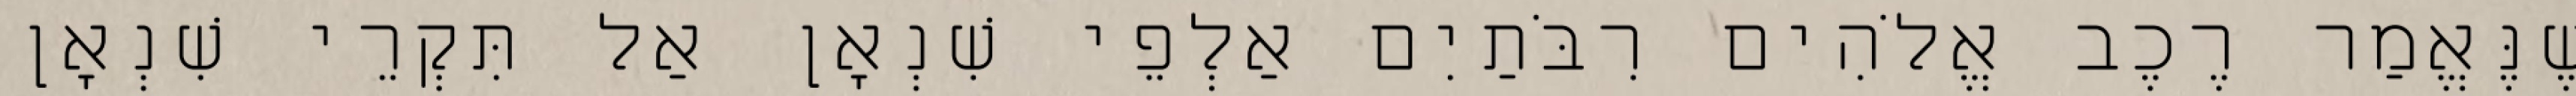
שֶׁנֶּאֱמַר רֶכֶב אֱלֹהִים רִבֹּתַיִם אַלְפֵי שִׁנְאָן אַל תִּקְרֵי שִׁנְאָן